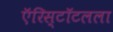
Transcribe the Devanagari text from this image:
ऍरिस्टॉटलला